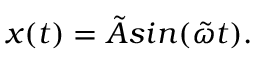
x ( t ) = \tilde { A } s i n ( \tilde { \omega } t ) .